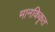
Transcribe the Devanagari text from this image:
मानकिकृत